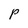
Character: P